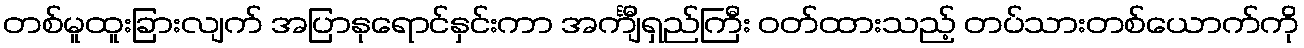
တစ်မူထူးခြားလျက် အပြာနုရောင်နှင်းကာ အင်္ကျီရှည်ကြီး ဝတ်ထားသည့် တပ်သားတစ်ယောက်ကို